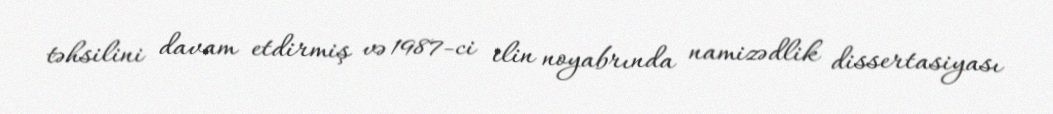
təhsilini davam etdirmiş və 1987-ci ilin noyabrında namizədlik dissertasiyası